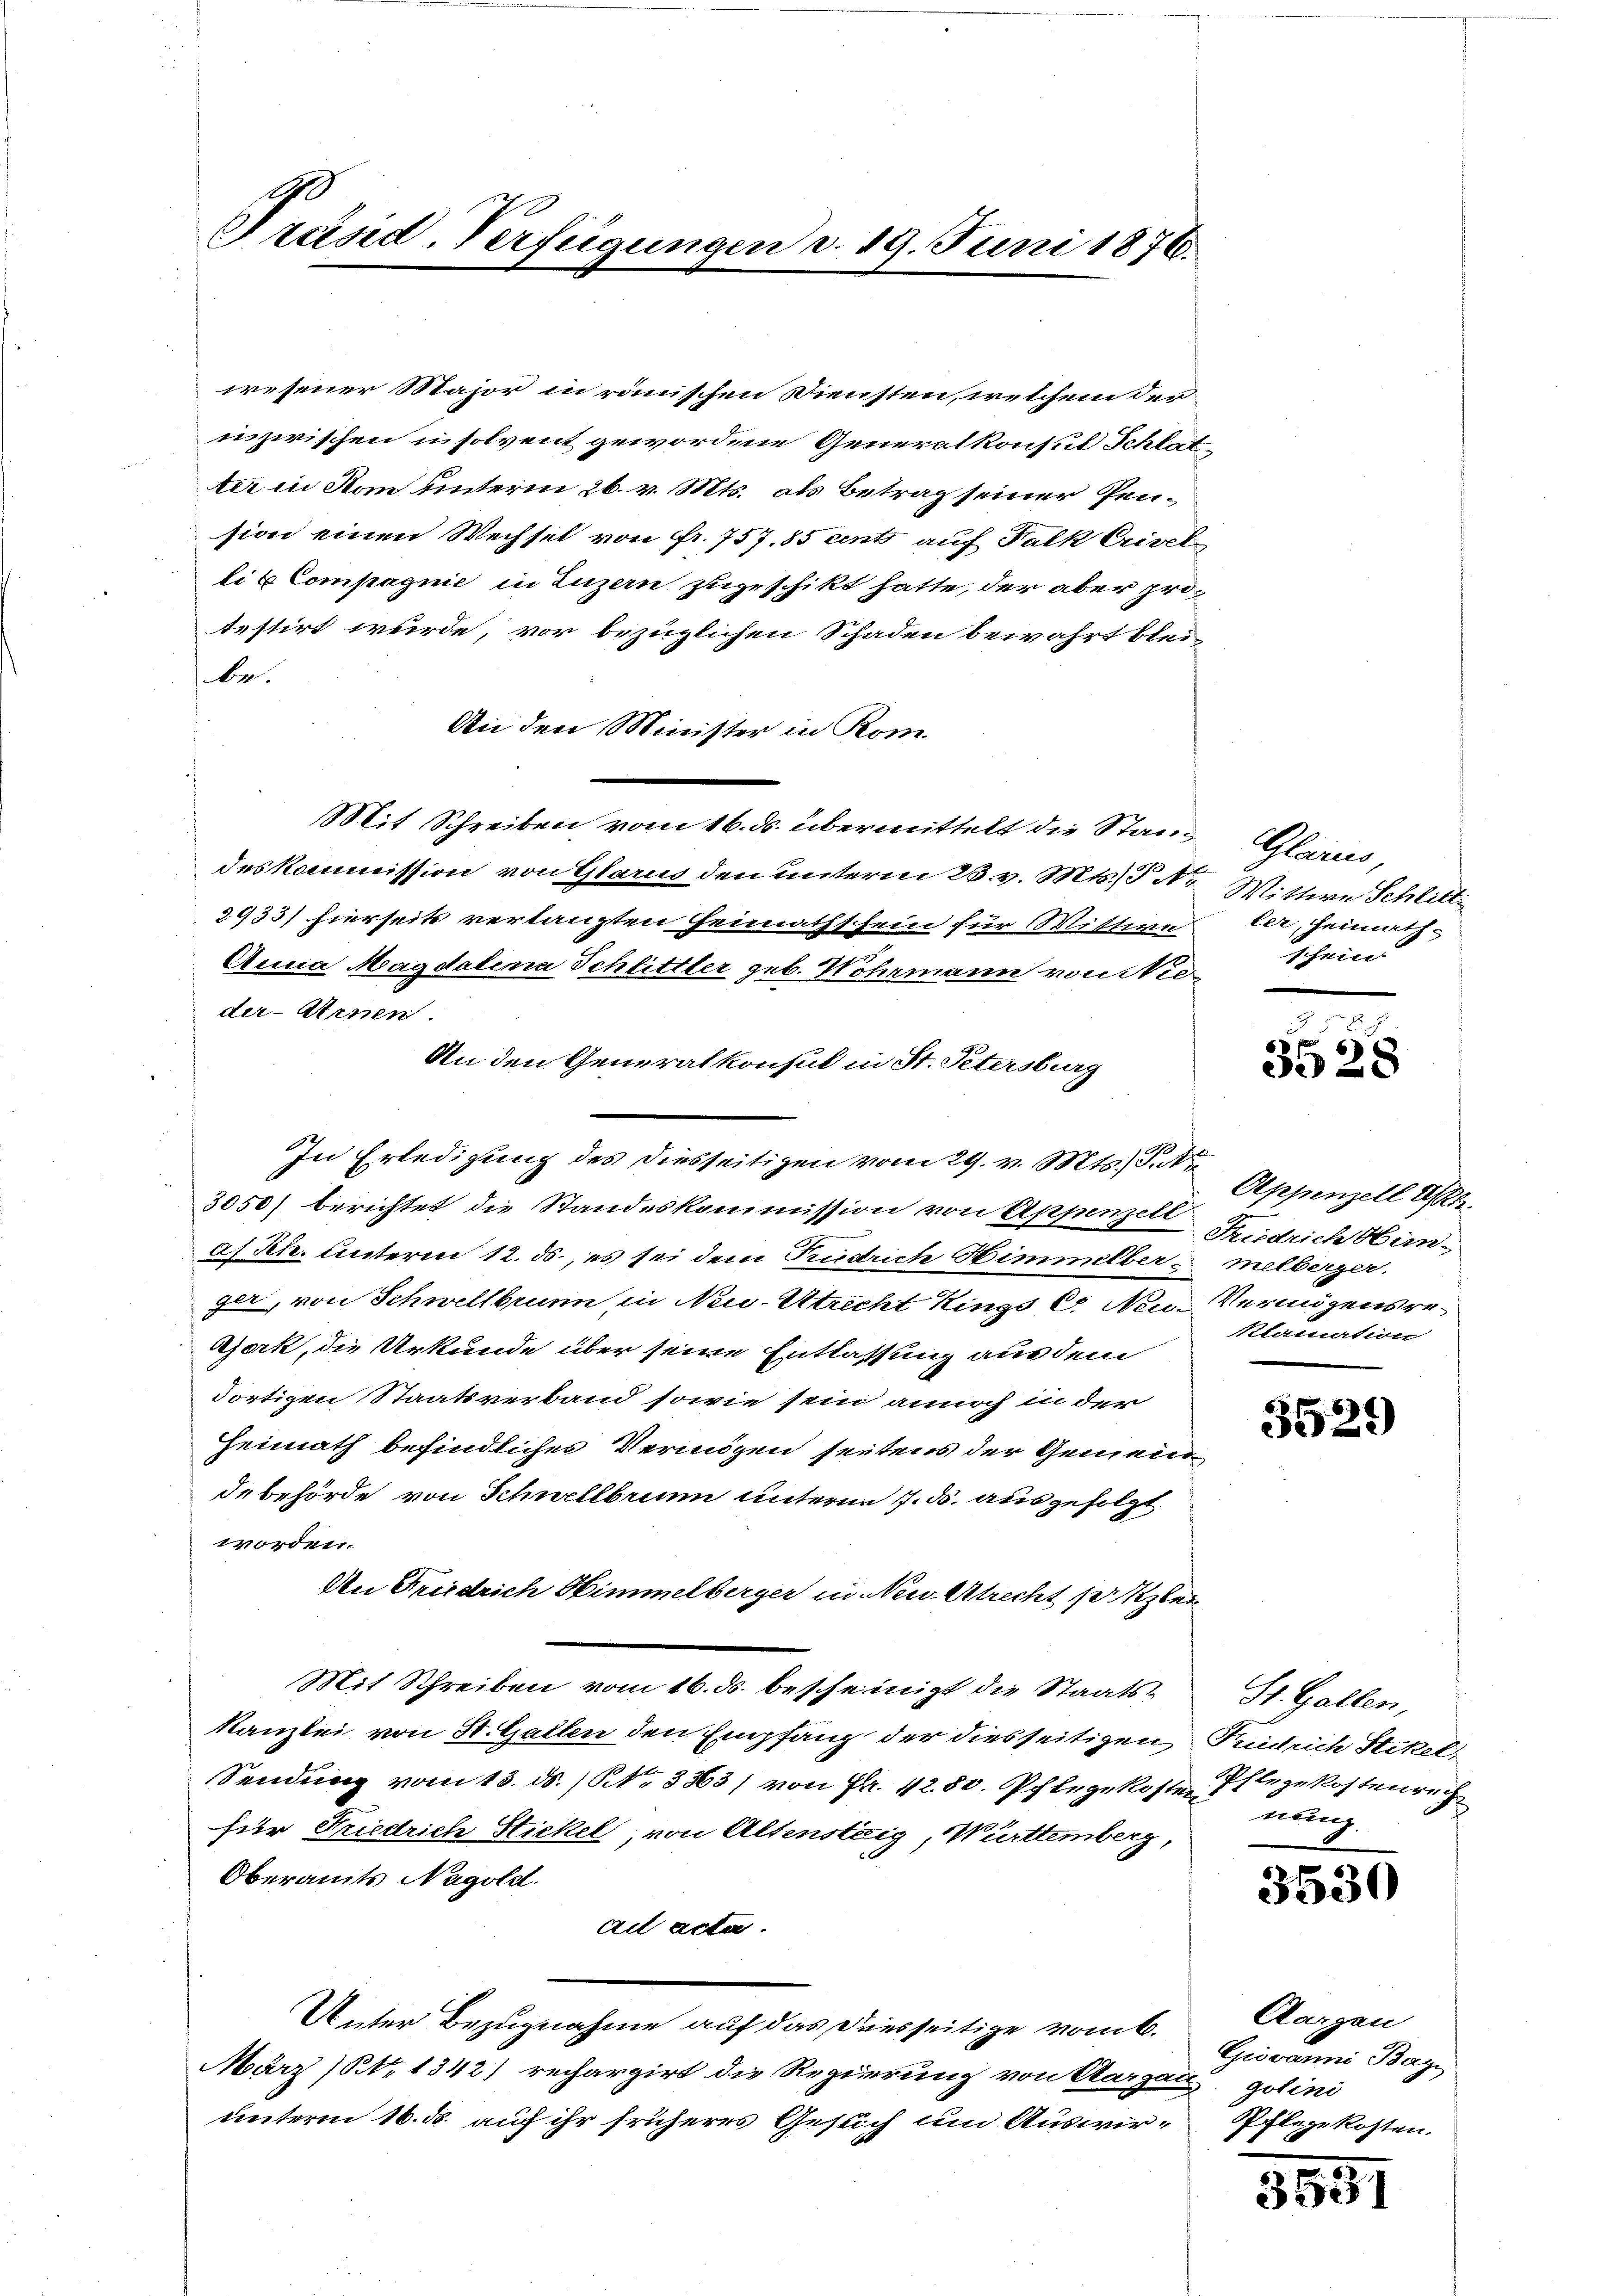
Präsid-Verfügungen d. 19. Juni 1876.

wesener Major in römischen Diensten, welchem der
inzwischen in solvent gewordene Generalkonsul Schlatter in Son unterm 26. v. Mts. als Betrag seiner Pension einen Wechsel von Fr. 757. 85 ents auf Falk Crivel
lis Compagnie in Luzern zugeschikt hatte, der aber protestirt wurde, vor bezüglichen Schaden bewahrt blei-
be.
An den Minister in Rom
Mit Schreiben vom 16. ds. übermittelt die Standeskommission von Glarus den unterm 23. v. Mts. 3 Ar
2933) hierseits verlangten Heimathschein für Wittere
Anna Magdalena Schlittler geb. Wohrmann von de
der Arnen.
An den Generalkonsul in St. Petersburg
In Erledigung des diesseitigen vom 29. v. Mts. S. Nr
3050) berichtet die Standeskommission von Appenzell
a. Rh. unterm 12. ds., es sei dem Priedrich Himmelber melberger.
gle, von Schwellbrunn in Neu Utrecht Kings  Neu- Vermögensre¬
Gerk, die Urkunde über seine Entlassung aus dem
dortigen Staatsverband sowie sein annoch in der
Heimath befindliches Vermögen seitens der Gemein
debehörde von Schwellbrunn unterm 7. ds. ausgefolgt
worden.
An Friedrich Himmelberger in Neu-Atrecht so Kzler
Mit Schreiben vom 16. ds. bescheinigt die Staats-
Kanzlei von St. Gallen den Empfang der diesseitigen Fundrich Stikel-
Sendung vom 13. ds. / NNo. 3363/ von Fr. 4250. Pflegekoste Pflegekostenrech
für Friedrich Stickel, von Altensteig, Württemberg,
Oberamts Nagold.
ad acta.
Unter Bezugnahme auf das Diesseitige vom 6.
März (NNo. 1342) rechargirt die Regierung von Aargau, golini
unterm 16. ds. auf ihr früheres Gesuch um Auswir¬

Glarus,
Wittwe Schlitt
ler, Heimath-
schein

4
Appenzell A.
Friedrich Han-
klamation

§ 58. 8
6
3528

3529

St. Gallen,
nung.

3530

Aargau
Giovanni Bay
Pflegekosten.

3551